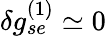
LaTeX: \delta g_{se}^{(1)}\simeq 0